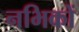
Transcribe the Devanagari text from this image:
नभिकों